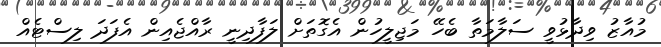
މުއާޒު ވިދާޅުވީ ސަލާމަތާ ބެހޭ މަޖިލީހުން އެގޮތަށް ލަފާދިނީ ރާއްޖެއިން އެފަދަ ލިސްޓެއް